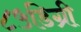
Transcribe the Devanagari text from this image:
८५डिग्री